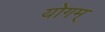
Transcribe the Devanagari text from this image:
योगम्